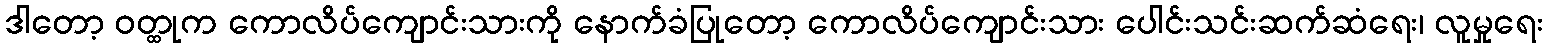
ဒါတော့ ဝတ္ထုက ကောလိပ်ကျောင်းသားကို နောက်ခံပြုတော့ ကောလိပ်ကျောင်းသား ပေါင်းသင်းဆက်ဆံရေး၊ လူမှုရေး